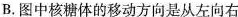
B.图中核糖体的移动方向是从左向右